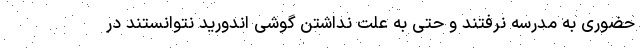
حضوری به مدرسه نرفتند و حتی به علت نداشتن گوشی اندورید نتوانستند در